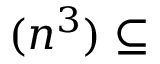
( n ^ { 3 } ) \subseteq